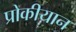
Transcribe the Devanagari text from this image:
प्रोकीयान